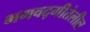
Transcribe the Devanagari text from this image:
भगवद्गीतेलील